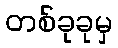
တစ်ခုခုမှ